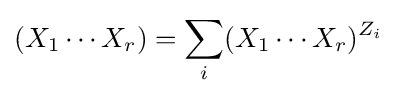
(X_{1}\cdots X_{r})=\sum _{i}(X_{1}\cdots X_{r})^{Z_{i}}